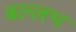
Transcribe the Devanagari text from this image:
बल्‍लभ